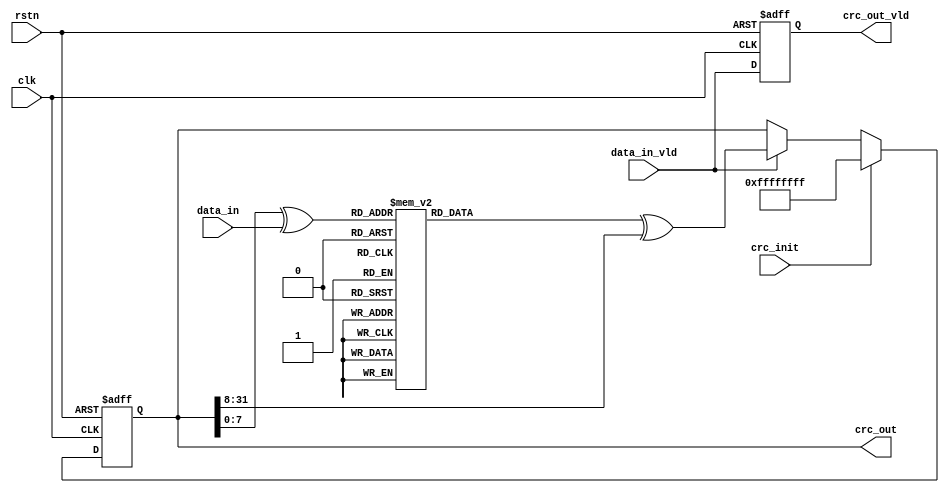
`define DLY #1

module png_crc32(
    // global
    clk               , // <i>  1b, global clock
    rstn              , // <i>  1b, global reset, active low
    // crc control
    crc_init          , // <i>  1b, crc initial, active high
    // crc data input
    data_in           , // <i>  8b, data input
    data_in_vld       , // <i>  1b, data input valid
    // crc data output
    crc_out           , // <o> 32b, crc data output
    crc_out_vld         // <o>  1b, crc data output valid
    );

  // global
  input         clk         ; // <i>  1b, global clock
  input         rstn        ; // <i>  1b, global reset, active low
  // crc control
  input         crc_init    ; // <i>  1b, crc initial, active high
  // crc data input
  input  [7:0]  data_in     ; // <i>  8b, data input
  input         data_in_vld ; // <i>  1b, data input valid
  // crc data output
  output [31:0] crc_out     ; // <o> 32b, crc data output
  output        crc_out_vld ; // <o>  1b, crc data output valid

  reg    [31:0] crc_out     ;
  reg           crc_out_vld ;
  wire   [31:0] crc_out_nxt ;
  wire   [7:0]  crc_idx     ;
  reg    [31:0] crc_table   ;

  always @(posedge clk or negedge rstn) begin
      if (~rstn) begin
          crc_out_vld <= `DLY 1'b0;
      end
      else begin
          crc_out_vld <= `DLY data_in_vld;
      end
  end

  always @(posedge clk or negedge rstn) begin
      if (~rstn) begin
          crc_out <= `DLY 32'hFFFF_FFFF;
      end
      else if (crc_init) begin
          crc_out <= `DLY 32'hFFFF_FFFF;
      end
      else if (data_in_vld) begin
          crc_out <= `DLY crc_out_nxt;
      end
  end

  assign crc_out_nxt = crc_table ^ {8'h0, crc_out[31:8]};

  assign crc_idx = (crc_out[7:0] ^ data_in);

  always @(*) begin
      case (crc_idx)
          8'd0    : crc_table = 32'h00000000;
          8'd1    : crc_table = 32'h77073096;
          8'd2    : crc_table = 32'hee0e612c;
          8'd3    : crc_table = 32'h990951ba;
          8'd4    : crc_table = 32'h076dc419;
          8'd5    : crc_table = 32'h706af48f;
          8'd6    : crc_table = 32'he963a535;
          8'd7    : crc_table = 32'h9e6495a3;
          8'd8    : crc_table = 32'h0edb8832;
          8'd9    : crc_table = 32'h79dcb8a4;
          8'd10   : crc_table = 32'he0d5e91e;
          8'd11   : crc_table = 32'h97d2d988;
          8'd12   : crc_table = 32'h09b64c2b;
          8'd13   : crc_table = 32'h7eb17cbd;
          8'd14   : crc_table = 32'he7b82d07;
          8'd15   : crc_table = 32'h90bf1d91;
          8'd16   : crc_table = 32'h1db71064;
          8'd17   : crc_table = 32'h6ab020f2;
          8'd18   : crc_table = 32'hf3b97148;
          8'd19   : crc_table = 32'h84be41de;
          8'd20   : crc_table = 32'h1adad47d;
          8'd21   : crc_table = 32'h6ddde4eb;
          8'd22   : crc_table = 32'hf4d4b551;
          8'd23   : crc_table = 32'h83d385c7;
          8'd24   : crc_table = 32'h136c9856;
          8'd25   : crc_table = 32'h646ba8c0;
          8'd26   : crc_table = 32'hfd62f97a;
          8'd27   : crc_table = 32'h8a65c9ec;
          8'd28   : crc_table = 32'h14015c4f;
          8'd29   : crc_table = 32'h63066cd9;
          8'd30   : crc_table = 32'hfa0f3d63;
          8'd31   : crc_table = 32'h8d080df5;
          8'd32   : crc_table = 32'h3b6e20c8;
          8'd33   : crc_table = 32'h4c69105e;
          8'd34   : crc_table = 32'hd56041e4;
          8'd35   : crc_table = 32'ha2677172;
          8'd36   : crc_table = 32'h3c03e4d1;
          8'd37   : crc_table = 32'h4b04d447;
          8'd38   : crc_table = 32'hd20d85fd;
          8'd39   : crc_table = 32'ha50ab56b;
          8'd40   : crc_table = 32'h35b5a8fa;
          8'd41   : crc_table = 32'h42b2986c;
          8'd42   : crc_table = 32'hdbbbc9d6;
          8'd43   : crc_table = 32'hacbcf940;
          8'd44   : crc_table = 32'h32d86ce3;
          8'd45   : crc_table = 32'h45df5c75;
          8'd46   : crc_table = 32'hdcd60dcf;
          8'd47   : crc_table = 32'habd13d59;
          8'd48   : crc_table = 32'h26d930ac;
          8'd49   : crc_table = 32'h51de003a;
          8'd50   : crc_table = 32'hc8d75180;
          8'd51   : crc_table = 32'hbfd06116;
          8'd52   : crc_table = 32'h21b4f4b5;
          8'd53   : crc_table = 32'h56b3c423;
          8'd54   : crc_table = 32'hcfba9599;
          8'd55   : crc_table = 32'hb8bda50f;
          8'd56   : crc_table = 32'h2802b89e;
          8'd57   : crc_table = 32'h5f058808;
          8'd58   : crc_table = 32'hc60cd9b2;
          8'd59   : crc_table = 32'hb10be924;
          8'd60   : crc_table = 32'h2f6f7c87;
          8'd61   : crc_table = 32'h58684c11;
          8'd62   : crc_table = 32'hc1611dab;
          8'd63   : crc_table = 32'hb6662d3d;
          8'd64   : crc_table = 32'h76dc4190;
          8'd65   : crc_table = 32'h01db7106;
          8'd66   : crc_table = 32'h98d220bc;
          8'd67   : crc_table = 32'hefd5102a;
          8'd68   : crc_table = 32'h71b18589;
          8'd69   : crc_table = 32'h06b6b51f;
          8'd70   : crc_table = 32'h9fbfe4a5;
          8'd71   : crc_table = 32'he8b8d433;
          8'd72   : crc_table = 32'h7807c9a2;
          8'd73   : crc_table = 32'h0f00f934;
          8'd74   : crc_table = 32'h9609a88e;
          8'd75   : crc_table = 32'he10e9818;
          8'd76   : crc_table = 32'h7f6a0dbb;
          8'd77   : crc_table = 32'h086d3d2d;
          8'd78   : crc_table = 32'h91646c97;
          8'd79   : crc_table = 32'he6635c01;
          8'd80   : crc_table = 32'h6b6b51f4;
          8'd81   : crc_table = 32'h1c6c6162;
          8'd82   : crc_table = 32'h856530d8;
          8'd83   : crc_table = 32'hf262004e;
          8'd84   : crc_table = 32'h6c0695ed;
          8'd85   : crc_table = 32'h1b01a57b;
          8'd86   : crc_table = 32'h8208f4c1;
          8'd87   : crc_table = 32'hf50fc457;
          8'd88   : crc_table = 32'h65b0d9c6;
          8'd89   : crc_table = 32'h12b7e950;
          8'd90   : crc_table = 32'h8bbeb8ea;
          8'd91   : crc_table = 32'hfcb9887c;
          8'd92   : crc_table = 32'h62dd1ddf;
          8'd93   : crc_table = 32'h15da2d49;
          8'd94   : crc_table = 32'h8cd37cf3;
          8'd95   : crc_table = 32'hfbd44c65;
          8'd96   : crc_table = 32'h4db26158;
          8'd97   : crc_table = 32'h3ab551ce;
          8'd98   : crc_table = 32'ha3bc0074;
          8'd99   : crc_table = 32'hd4bb30e2;
          8'd100  : crc_table = 32'h4adfa541;
          8'd101  : crc_table = 32'h3dd895d7;
          8'd102  : crc_table = 32'ha4d1c46d;
          8'd103  : crc_table = 32'hd3d6f4fb;
          8'd104  : crc_table = 32'h4369e96a;
          8'd105  : crc_table = 32'h346ed9fc;
          8'd106  : crc_table = 32'had678846;
          8'd107  : crc_table = 32'hda60b8d0;
          8'd108  : crc_table = 32'h44042d73;
          8'd109  : crc_table = 32'h33031de5;
          8'd110  : crc_table = 32'haa0a4c5f;
          8'd111  : crc_table = 32'hdd0d7cc9;
          8'd112  : crc_table = 32'h5005713c;
          8'd113  : crc_table = 32'h270241aa;
          8'd114  : crc_table = 32'hbe0b1010;
          8'd115  : crc_table = 32'hc90c2086;
          8'd116  : crc_table = 32'h5768b525;
          8'd117  : crc_table = 32'h206f85b3;
          8'd118  : crc_table = 32'hb966d409;
          8'd119  : crc_table = 32'hce61e49f;
          8'd120  : crc_table = 32'h5edef90e;
          8'd121  : crc_table = 32'h29d9c998;
          8'd122  : crc_table = 32'hb0d09822;
          8'd123  : crc_table = 32'hc7d7a8b4;
          8'd124  : crc_table = 32'h59b33d17;
          8'd125  : crc_table = 32'h2eb40d81;
          8'd126  : crc_table = 32'hb7bd5c3b;
          8'd127  : crc_table = 32'hc0ba6cad;
          8'd128  : crc_table = 32'hedb88320;
          8'd129  : crc_table = 32'h9abfb3b6;
          8'd130  : crc_table = 32'h03b6e20c;
          8'd131  : crc_table = 32'h74b1d29a;
          8'd132  : crc_table = 32'head54739;
          8'd133  : crc_table = 32'h9dd277af;
          8'd134  : crc_table = 32'h04db2615;
          8'd135  : crc_table = 32'h73dc1683;
          8'd136  : crc_table = 32'he3630b12;
          8'd137  : crc_table = 32'h94643b84;
          8'd138  : crc_table = 32'h0d6d6a3e;
          8'd139  : crc_table = 32'h7a6a5aa8;
          8'd140  : crc_table = 32'he40ecf0b;
          8'd141  : crc_table = 32'h9309ff9d;
          8'd142  : crc_table = 32'h0a00ae27;
          8'd143  : crc_table = 32'h7d079eb1;
          8'd144  : crc_table = 32'hf00f9344;
          8'd145  : crc_table = 32'h8708a3d2;
          8'd146  : crc_table = 32'h1e01f268;
          8'd147  : crc_table = 32'h6906c2fe;
          8'd148  : crc_table = 32'hf762575d;
          8'd149  : crc_table = 32'h806567cb;
          8'd150  : crc_table = 32'h196c3671;
          8'd151  : crc_table = 32'h6e6b06e7;
          8'd152  : crc_table = 32'hfed41b76;
          8'd153  : crc_table = 32'h89d32be0;
          8'd154  : crc_table = 32'h10da7a5a;
          8'd155  : crc_table = 32'h67dd4acc;
          8'd156  : crc_table = 32'hf9b9df6f;
          8'd157  : crc_table = 32'h8ebeeff9;
          8'd158  : crc_table = 32'h17b7be43;
          8'd159  : crc_table = 32'h60b08ed5;
          8'd160  : crc_table = 32'hd6d6a3e8;
          8'd161  : crc_table = 32'ha1d1937e;
          8'd162  : crc_table = 32'h38d8c2c4;
          8'd163  : crc_table = 32'h4fdff252;
          8'd164  : crc_table = 32'hd1bb67f1;
          8'd165  : crc_table = 32'ha6bc5767;
          8'd166  : crc_table = 32'h3fb506dd;
          8'd167  : crc_table = 32'h48b2364b;
          8'd168  : crc_table = 32'hd80d2bda;
          8'd169  : crc_table = 32'haf0a1b4c;
          8'd170  : crc_table = 32'h36034af6;
          8'd171  : crc_table = 32'h41047a60;
          8'd172  : crc_table = 32'hdf60efc3;
          8'd173  : crc_table = 32'ha867df55;
          8'd174  : crc_table = 32'h316e8eef;
          8'd175  : crc_table = 32'h4669be79;
          8'd176  : crc_table = 32'hcb61b38c;
          8'd177  : crc_table = 32'hbc66831a;
          8'd178  : crc_table = 32'h256fd2a0;
          8'd179  : crc_table = 32'h5268e236;
          8'd180  : crc_table = 32'hcc0c7795;
          8'd181  : crc_table = 32'hbb0b4703;
          8'd182  : crc_table = 32'h220216b9;
          8'd183  : crc_table = 32'h5505262f;
          8'd184  : crc_table = 32'hc5ba3bbe;
          8'd185  : crc_table = 32'hb2bd0b28;
          8'd186  : crc_table = 32'h2bb45a92;
          8'd187  : crc_table = 32'h5cb36a04;
          8'd188  : crc_table = 32'hc2d7ffa7;
          8'd189  : crc_table = 32'hb5d0cf31;
          8'd190  : crc_table = 32'h2cd99e8b;
          8'd191  : crc_table = 32'h5bdeae1d;
          8'd192  : crc_table = 32'h9b64c2b0;
          8'd193  : crc_table = 32'hec63f226;
          8'd194  : crc_table = 32'h756aa39c;
          8'd195  : crc_table = 32'h026d930a;
          8'd196  : crc_table = 32'h9c0906a9;
          8'd197  : crc_table = 32'heb0e363f;
          8'd198  : crc_table = 32'h72076785;
          8'd199  : crc_table = 32'h05005713;
          8'd200  : crc_table = 32'h95bf4a82;
          8'd201  : crc_table = 32'he2b87a14;
          8'd202  : crc_table = 32'h7bb12bae;
          8'd203  : crc_table = 32'h0cb61b38;
          8'd204  : crc_table = 32'h92d28e9b;
          8'd205  : crc_table = 32'he5d5be0d;
          8'd206  : crc_table = 32'h7cdcefb7;
          8'd207  : crc_table = 32'h0bdbdf21;
          8'd208  : crc_table = 32'h86d3d2d4;
          8'd209  : crc_table = 32'hf1d4e242;
          8'd210  : crc_table = 32'h68ddb3f8;
          8'd211  : crc_table = 32'h1fda836e;
          8'd212  : crc_table = 32'h81be16cd;
          8'd213  : crc_table = 32'hf6b9265b;
          8'd214  : crc_table = 32'h6fb077e1;
          8'd215  : crc_table = 32'h18b74777;
          8'd216  : crc_table = 32'h88085ae6;
          8'd217  : crc_table = 32'hff0f6a70;
          8'd218  : crc_table = 32'h66063bca;
          8'd219  : crc_table = 32'h11010b5c;
          8'd220  : crc_table = 32'h8f659eff;
          8'd221  : crc_table = 32'hf862ae69;
          8'd222  : crc_table = 32'h616bffd3;
          8'd223  : crc_table = 32'h166ccf45;
          8'd224  : crc_table = 32'ha00ae278;
          8'd225  : crc_table = 32'hd70dd2ee;
          8'd226  : crc_table = 32'h4e048354;
          8'd227  : crc_table = 32'h3903b3c2;
          8'd228  : crc_table = 32'ha7672661;
          8'd229  : crc_table = 32'hd06016f7;
          8'd230  : crc_table = 32'h4969474d;
          8'd231  : crc_table = 32'h3e6e77db;
          8'd232  : crc_table = 32'haed16a4a;
          8'd233  : crc_table = 32'hd9d65adc;
          8'd234  : crc_table = 32'h40df0b66;
          8'd235  : crc_table = 32'h37d83bf0;
          8'd236  : crc_table = 32'ha9bcae53;
          8'd237  : crc_table = 32'hdebb9ec5;
          8'd238  : crc_table = 32'h47b2cf7f;
          8'd239  : crc_table = 32'h30b5ffe9;
          8'd240  : crc_table = 32'hbdbdf21c;
          8'd241  : crc_table = 32'hcabac28a;
          8'd242  : crc_table = 32'h53b39330;
          8'd243  : crc_table = 32'h24b4a3a6;
          8'd244  : crc_table = 32'hbad03605;
          8'd245  : crc_table = 32'hcdd70693;
          8'd246  : crc_table = 32'h54de5729;
          8'd247  : crc_table = 32'h23d967bf;
          8'd248  : crc_table = 32'hb3667a2e;
          8'd249  : crc_table = 32'hc4614ab8;
          8'd250  : crc_table = 32'h5d681b02;
          8'd251  : crc_table = 32'h2a6f2b94;
          8'd252  : crc_table = 32'hb40bbe37;
          8'd253  : crc_table = 32'hc30c8ea1;
          8'd254  : crc_table = 32'h5a05df1b;
          default : crc_table = 32'h2d02ef8d;
      endcase
  end

endmodule